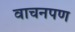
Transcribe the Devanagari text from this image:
वाचनपण